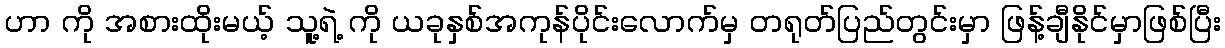
ဟာ ကို အစားထိုးမယ့် သူ့ရဲ့ ကို ယခုနှစ်အကုန်ပိုင်းလောက်မှ တရုတ်ပြည်တွင်းမှာ ဖြန့်ချီနိုင်မှာဖြစ်ပြီး